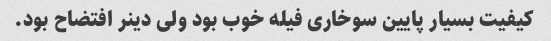
کیفیت بسیار پایین سوخاری فیله خوب بود ولی دینر افتضاح بود.